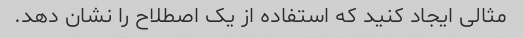
مثالی ایجاد کنید که استفاده از یک اصطلاح را نشان دهد.